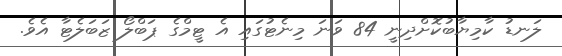
ލަނޑު ކާމިޔާބުކޮށްދިނީ 84 ވަނަ މިނެޓުގައި އެ ޓީމްގެ ޕަބްލޯ ޒަބަލެޓާ އެވެ.